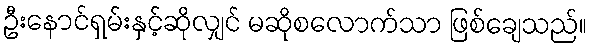
ဦးနောင်ရှမ်းနှင့်ဆိုလျှင် မဆိုစလောက်သာ ဖြစ်ချေသည်။